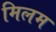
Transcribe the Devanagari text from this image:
मिलम